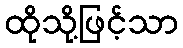
ထိုသို့ဖြင့်သာ